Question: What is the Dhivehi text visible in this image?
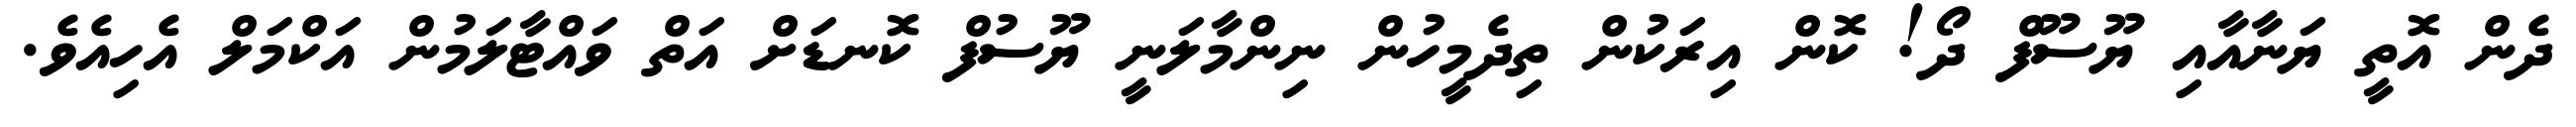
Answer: ދެން އޮތީ ޔަނާއާއި ޔޫސޫފް ދޯ! ކޮން އިރަކުން ތިދެމީހުން ނިންމާލަނީ ޔޫސުފް ކޮނޑަށް އަތް ވައްޓާލަމުން އަކްމަލް އެހިއެވެ.